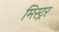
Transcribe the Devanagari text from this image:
मिस्ट्र्र्र्र